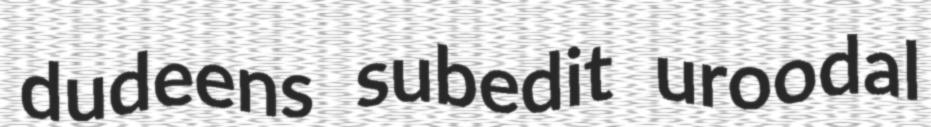
dudeens subedit uroodal